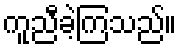
ကူညီခဲ့ကြသည်။